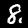
Label: 8